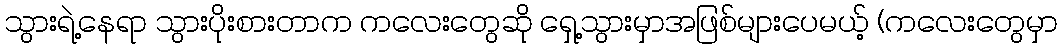
သွားရဲ့နေရာ သွားပိုးစားတာက ကလေးတွေဆို ရှေ့သွားမှာအဖြစ်များပေမယ့် (ကလေးတွေမှာ